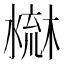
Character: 𣻤